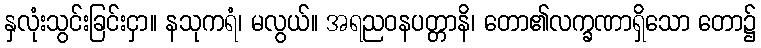
နှလုံးသွင်းခြင်းငှာ။ နသုကရံ၊ မလွယ်။ အရညဝနပတ္တာနိ၊ တော၏လက္ခဏာရှိသော တော၌